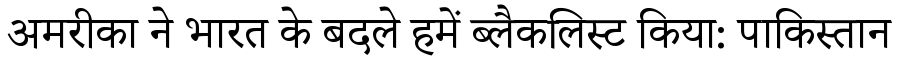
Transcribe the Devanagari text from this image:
अमरीका ने भारत के बदले हमें ब्लैकलिस्ट किया: पाकिस्तान